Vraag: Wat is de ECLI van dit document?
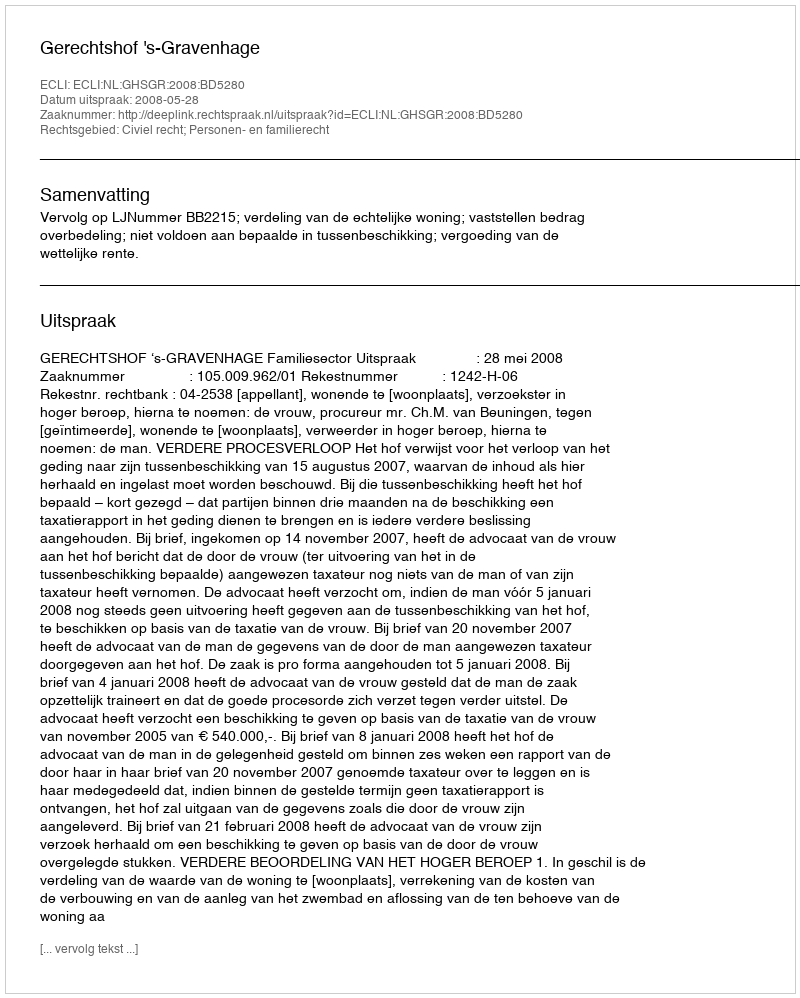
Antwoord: ECLI:NL:GHSGR:2008:BD5280